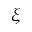
\xi